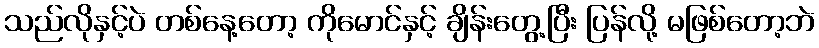
သည်လိုနှင့်ပဲ တစ်နေ့တော့ ကိုမောင်နှင့် ချိန်းတွေ့ပြီး ပြန်လို့ မဖြစ်တော့ဘဲ